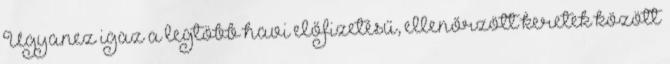
Ugyanez igaz a legtöbb havi előfizetésű, ellenőrzött keretek között